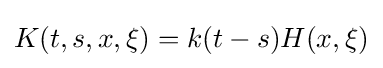
K(t,s,x,\xi )=k(t-s)H(x,\xi )